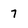
Character: 7